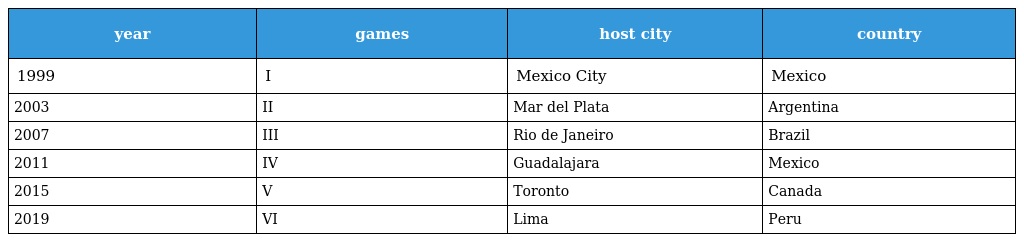
| year | games | host city | country |
 | --- | --- | --- | --- |
 | 1999 | I | Mexico City | Mexico |
 | 2003 | II | Mar del Plata | Argentina |
 | 2007 | III | Rio de Janeiro | Brazil |
 | 2011 | IV | Guadalajara | Mexico |
 | 2015 | V | Toronto | Canada |
 | 2019 | VI | Lima | Peru |